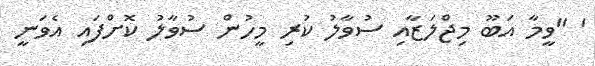
' ''ވީމާ އަބޫ މިޖްލަޒާއި ސުވާލު ކުރި މީހުން ސުވާލު ކޮށްފައި އެވަނީ